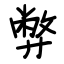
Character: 弊